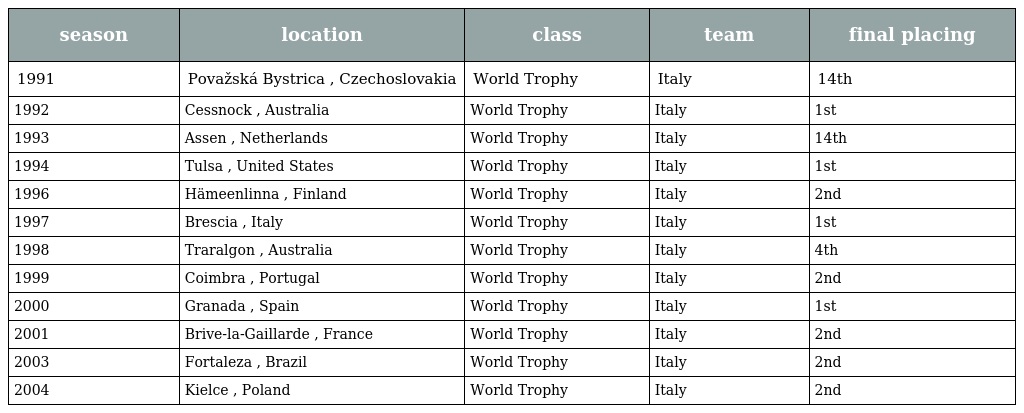
| season | location | class | team | final placing |
 | --- | --- | --- | --- | --- |
 | 1991 | Považská Bystrica , Czechoslovakia | World Trophy | Italy | 14th |
 | 1992 | Cessnock , Australia | World Trophy | Italy | 1st |
 | 1993 | Assen , Netherlands | World Trophy | Italy | 14th |
 | 1994 | Tulsa , United States | World Trophy | Italy | 1st |
 | 1996 | Hämeenlinna , Finland | World Trophy | Italy | 2nd |
 | 1997 | Brescia , Italy | World Trophy | Italy | 1st |
 | 1998 | Traralgon , Australia | World Trophy | Italy | 4th |
 | 1999 | Coimbra , Portugal | World Trophy | Italy | 2nd |
 | 2000 | Granada , Spain | World Trophy | Italy | 1st |
 | 2001 | Brive-la-Gaillarde , France | World Trophy | Italy | 2nd |
 | 2003 | Fortaleza , Brazil | World Trophy | Italy | 2nd |
 | 2004 | Kielce , Poland | World Trophy | Italy | 2nd |